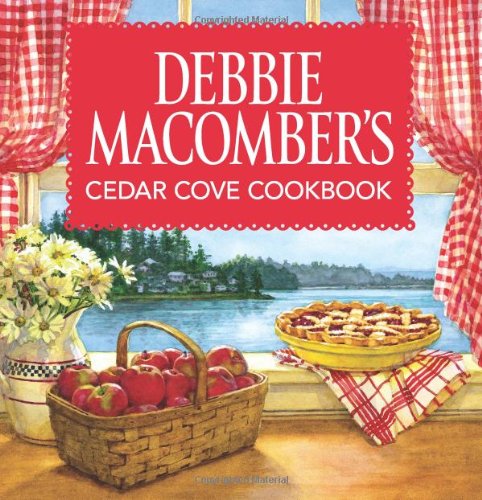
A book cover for Debbie Macomber's Cedar Cove Cookbook; Debbie Macomber; Cookbooks, Food & Wine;